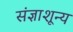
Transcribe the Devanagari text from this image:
संज्ञाशून्य